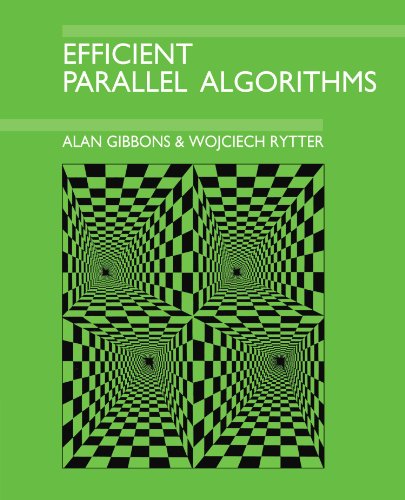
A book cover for Efficient Parallel Algorithms; Alan Gibbons; Computers & Technology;